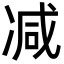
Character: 减